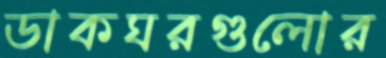
ডাকঘরগুলোর